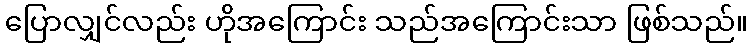
ပြောလျှင်လည်း ဟိုအကြောင်း သည်အကြောင်းသာ ဖြစ်သည်။